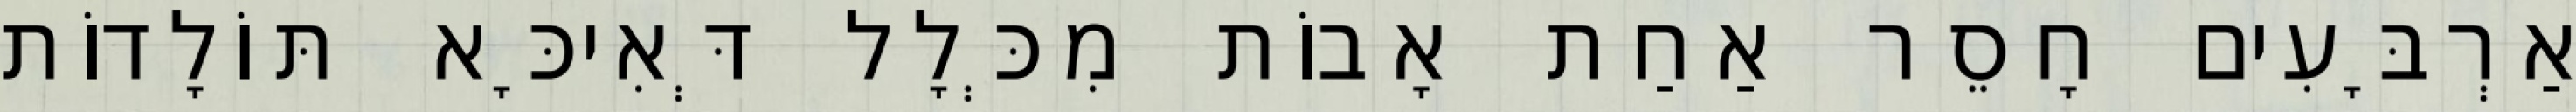
אַרְבָּעִים חָסֵר אַחַת אָבוֹת מִכְּלָל דְּאִיכָּא תּוֹלָדוֹת